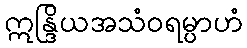
ဣန္ဒြိယအသံဝရမ္ပာဟံ